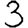
Digit: 3